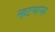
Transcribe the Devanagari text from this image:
म्हटणाऱ्या